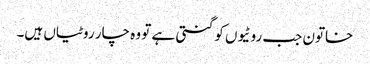
خاتون جب روٹیوں کو گنتی ہے تو وہ چار روٹیاں ہیں۔